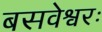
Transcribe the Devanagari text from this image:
बसवेश्वरः